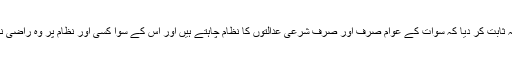
حالات نے یہ ثابت کر دیا کہ سوات کے عوام صرف اور صرف شرعی عدالتوں کا نظام چاہتے ہیں اور اس کے سوا کسی اور نظام پر وہ راضی نہیں ہوں گے۔